Indian journal of veterinary science and animal husbandry - Volumes 22-23, 1952-1953
Year: 1952
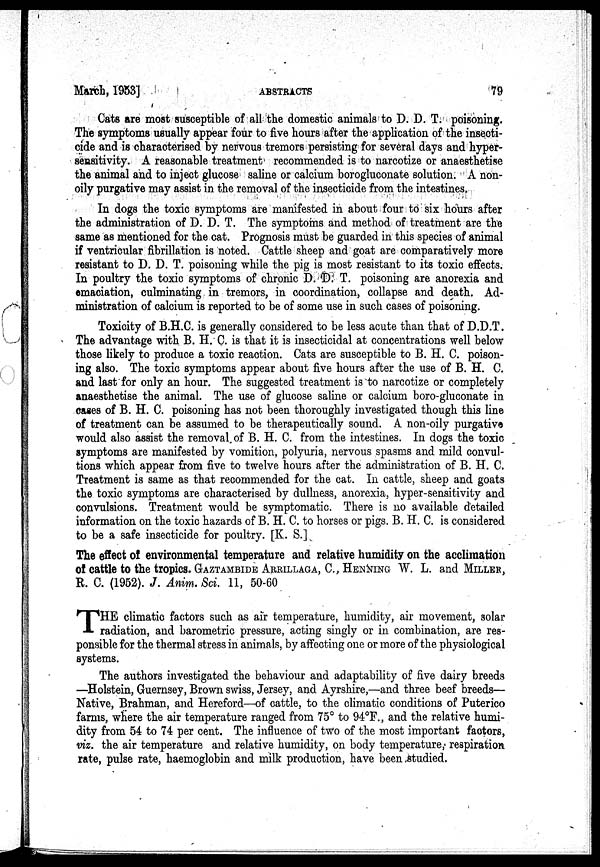
March, 1953]
ABSTRACTS
79
Cats are most susceptible of all the domestic animals to D. D. T. poisoning.
The symptoms usually appear four to five hours after the application of the insecti-
cide and is characterised by nervous tremors persisting for several days and hyper-
' sensitivity. A reasonable treatment recommended is to narcotize or anaesthetise
the animal and to inject glucose saline or calcium borogluconate solution. A non-
oily purgative may assist in the removal of the insecticide from the intestines.
In dogs the toxic symptoms are manifested in about four to six hours after
the administration of D. D. T. The symptoms and method of treatment are the
same as mentioned for the cat. Prognosis must be guarded in this species of animal
if ventricular fibrillation is noted. Cattle sheep and goat are comparatively more
resistant to D. D. T. poisoning while the pig is most resistant to its toxic effects.
In poultry the toxic symptoms of chronic D. D. T. poisoning are anorexia and
emaciation, culminating in tremors, in coordination, collapse and death. Ad-
ministration of calcium is reported to be of some use in such cases of poisoning.
Toxicity of B.H.C. is generally considered to be less acute than that of D.D.T.
The advantage with B. H. C. is that it is insecticidal at concentrations well below
those likely to produce a toxic reaction. Cats are susceptible to B. H. C. poison-
ing also. The toxic symptoms appear about five hours after the use of B. H. C.
and last for only an hour. The suggested treatment is to narcotize or completely
anaesthetise the animal. The use of glucose saline or calcium boro-gluconate in
cases of B. H. C. poisoning has not been thoroughly investigated though this line
of treatment can be assumed to be therapeutically sound. A non-oily purgative
would also assist the removal of B. H. C. from the intestines. In dogs the toxic
symptoms are manifested by vomition, polyuria, nervous spasms and mild convul-
tions which appear from five to twelve hours after the administration of B. H. C.
Treatment is same as that recommended for the cat. In cattle, sheep and goats
the toxic symptoms are characterised by dullness, anorexia, hyper-sensitivity and
convulsions. Treatment would be symptomatic. There is no available detailed
information on the toxic hazards of B. H. C. to horses or pigs. B. H. C. is considered
to be a safe insecticide for poultry. [K. S.]
The effect of environmental temperature and relative humidity on the acclimation
of cattle to the tropics. GAZTAMBIDE ARRILLAGA, C., HENNING W. L. and MILLER,
R. C. (1952). J. Anim. Sci. 11, 50-60
T HE climatic factors such as air temperature, humidity, air movement, solar
radiation, and barometric pressure, acting singly or in combination, are res-
ponsible for the thermal stress in animals, by affecting one or more of the physiological
systems.
The authors investigated the behaviour and adaptability of five dairy breeds
—Holstein, Guernsey, Brown swiss, Jersey, and Ayrshire,—and three beef breeds—
Native, Brahman, and Hereford—of cattle, to the climatic conditions of Puterico
farms, where the air temperature ranged from 75° to 94°F., and the relative humi-
dity from 54 to 74 per cent. The influence of two of the most important factors,
viz. the air temperature and relative humidity, on body temperature, respiration
rate, pulse rate, haemoglobin and milk production, have been studied.